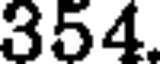
354.